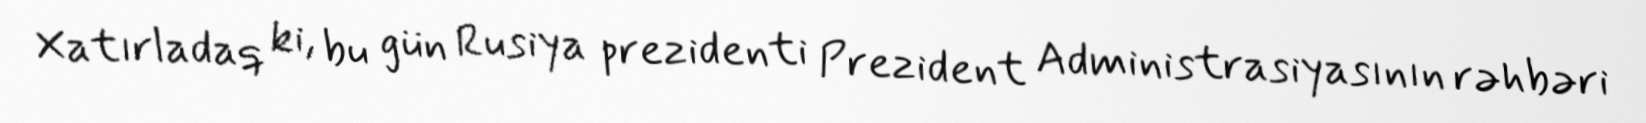
Xatırladaq ki, bu gün Rusiya prezidenti Prezident Administrasiyasının rəhbəri